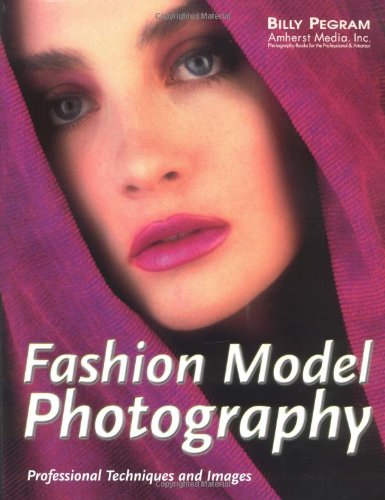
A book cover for Fashion Model Photography: Ads in Shutterbug and Popular Photography; Billy Pegram; Arts & Photography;